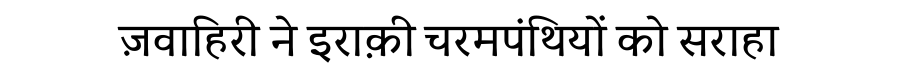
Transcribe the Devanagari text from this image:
ज़वाहिरी ने इराक़ी चरमपंथियों को सराहा